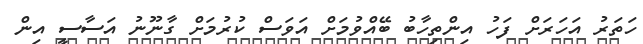
ހަތަރު އަހަރަށް ފަހު އިންތިހާބު ބޭއްވުމަށް އަވަސް ކުރުމަށް ގާނޫނު އަސާސީ އިން